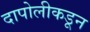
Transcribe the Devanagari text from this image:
दापोलीकडून